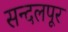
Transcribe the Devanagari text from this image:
सन्दलपूर